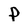
Character: P